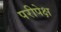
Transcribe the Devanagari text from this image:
परीपेक्ष